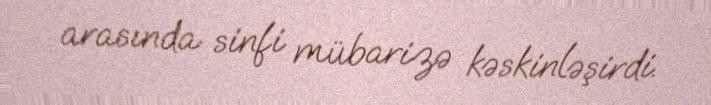
arasında sinfi mübarizə kəskinləşirdi.